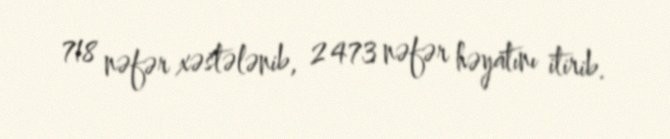
718 nəfər xəstələnib, 2 473 nəfər həyatını itirib.